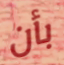
بأن